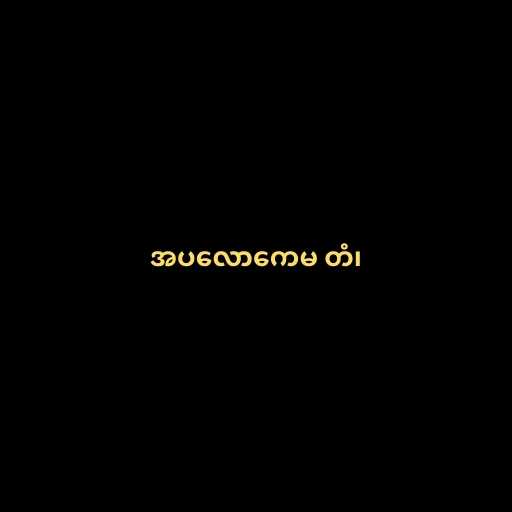
အပလောကေမ တံ၊